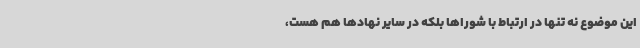
این موضوع نه تنها در ارتباط با شوراها بلکه در سایر نهادها هم هست،